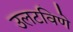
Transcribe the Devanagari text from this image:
उलटविणे